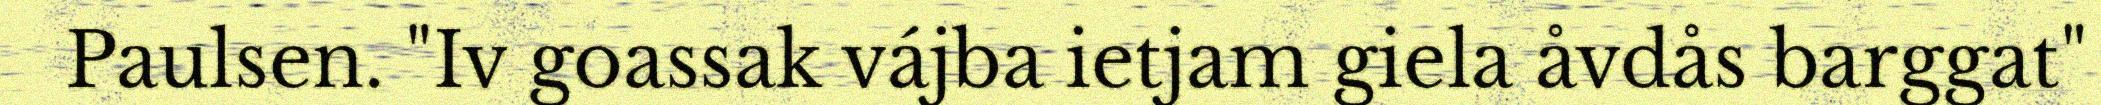
Paulsen. "Iv goassak vájba ietjam giela åvdås barggat"